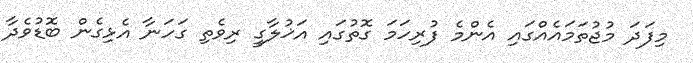
މިފަދަ މުޖުތަމައެއްގައި އެންމެ ފުރިހަމަ ގޮތުގައި އަޚުލާގީ ރިވެތި ގަހަނާ އެޅިގެން ބޮޑުވެދާ